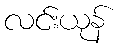
လင်းယုန်